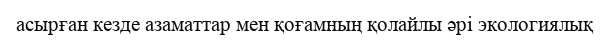
асырған кезде азаматтар мен қоғамның қолайлы әрі экологиялық